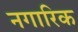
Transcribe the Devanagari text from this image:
नगारिक